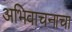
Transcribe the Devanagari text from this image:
अभिवाचनाचा